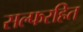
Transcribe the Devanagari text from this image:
सल्फरहित